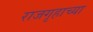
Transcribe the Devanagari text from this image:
राजगृहाच्या